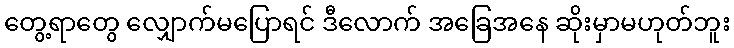
တွေ့ရာတွေ လျှောက်မပြောရင် ဒီလောက် အခြေအနေ ဆိုးမှာမဟုတ်ဘူး